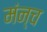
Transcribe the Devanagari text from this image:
मंन्च